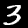
Label: 3